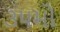
૩૫મો